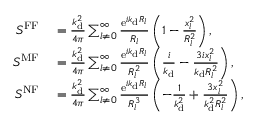
\begin{array} { r l } { S ^ { \mathrm { F F } } } & { { } = \frac { k _ { \mathrm { d } } ^ { 2 } } { 4 \pi } \sum _ { l \neq 0 } ^ { \infty } \frac { \mathrm { e } ^ { i k _ { \mathrm { d } } R _ { l } } } { R _ { l } } \left( 1 - \frac { x _ { l } ^ { 2 } } { R _ { l } ^ { 2 } } \right) , } \\ { S ^ { \mathrm { M F } } } & { { } = \frac { k _ { \mathrm { d } } ^ { 2 } } { 4 \pi } \sum _ { l \neq 0 } ^ { \infty } \frac { \mathrm { e } ^ { i k _ { \mathrm { d } } R _ { l } } } { R _ { l } ^ { 2 } } \left( \frac { i } { k _ { \mathrm { d } } } - \frac { 3 i x _ { l } ^ { 2 } } { k _ { \mathrm { d } } R _ { l } ^ { 2 } } \right) , } \\ { S ^ { \mathrm { N F } } } & { { } = \frac { k _ { \mathrm { d } } ^ { 2 } } { 4 \pi } \sum _ { l \neq 0 } ^ { \infty } \frac { \mathrm { e } ^ { i k _ { \mathrm { d } } R _ { l } } } { R _ { l } ^ { 3 } } \left( - \frac { 1 } { k _ { \mathrm { d } } ^ { 2 } } + \frac { 3 x _ { l } ^ { 2 } } { k _ { \mathrm { d } } ^ { 2 } R _ { l } ^ { 2 } } \right) , } \end{array}